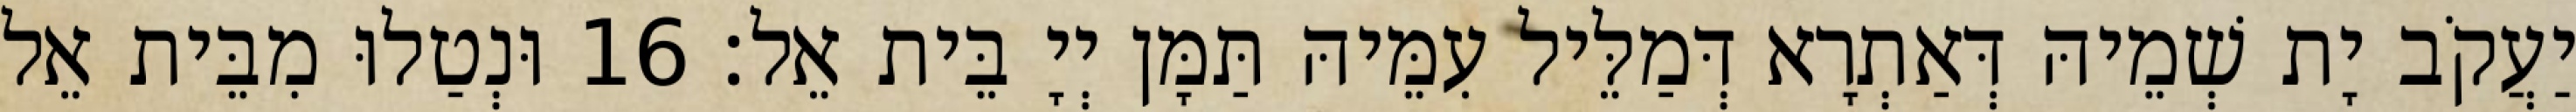
יַעֲקֹב יָת שְׁמֵיהּ דְּאַתְרָא דְּמַלֵּיל עִמֵּיהּ תַּמָּן יְיָ בֵּית אֵל׃ 16 וּנְטַלוּ מִבֵּית אֵל